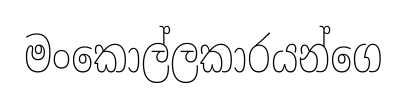
මංකොල්ලකාරයන්ගෙ